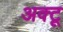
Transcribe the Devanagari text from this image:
अक्टू